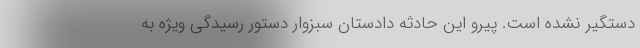
دستگیر نشده است. پیرو این حادثه دادستان سبزوار دستور رسیدگی ویژه به